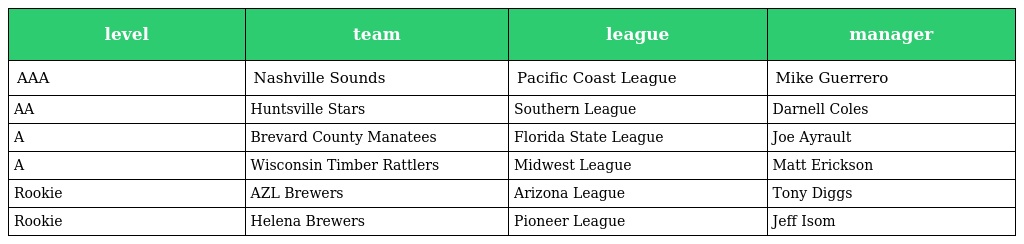
| level | team | league | manager |
 | --- | --- | --- | --- |
 | AAA | Nashville Sounds | Pacific Coast League | Mike Guerrero |
 | AA | Huntsville Stars | Southern League | Darnell Coles |
 | A | Brevard County Manatees | Florida State League | Joe Ayrault |
 | A | Wisconsin Timber Rattlers | Midwest League | Matt Erickson |
 | Rookie | AZL Brewers | Arizona League | Tony Diggs |
 | Rookie | Helena Brewers | Pioneer League | Jeff Isom |